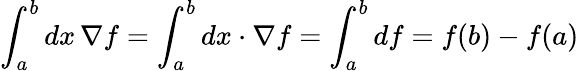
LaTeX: \int_{a}^{b}dx\, \nabla f=\int_{a}^{b}dx\cdot\nabla f=\int_{a}^{b}df=f(b)-f(a)